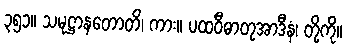
၃၅၁။ သမုဋ္ဌာနတောတိ၊ ကား။ ပထဝီဓာတုအာဒီနံ၊ တို့ကို။